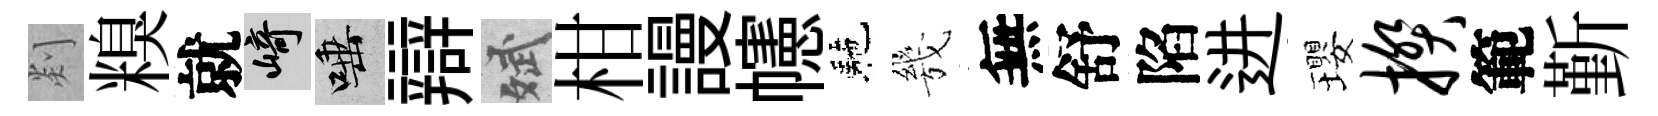
剡糗就崎唾辯斌柑謾幰駰㡬無舒陷进瓔揆範斳